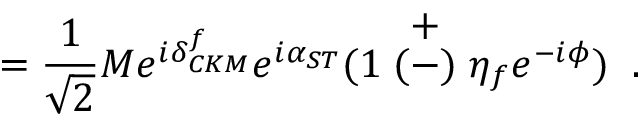
= \frac { 1 } { \sqrt { 2 } } M e ^ { i \delta _ { C K M } ^ { f } } e ^ { i \alpha _ { S T } } ( 1 \stackrel { \textstyle + } { ( - ) } \eta _ { f } e ^ { - i \phi } ) \; \; .